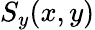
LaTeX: S_{y}(x,y)